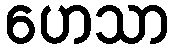
ဟေသာ